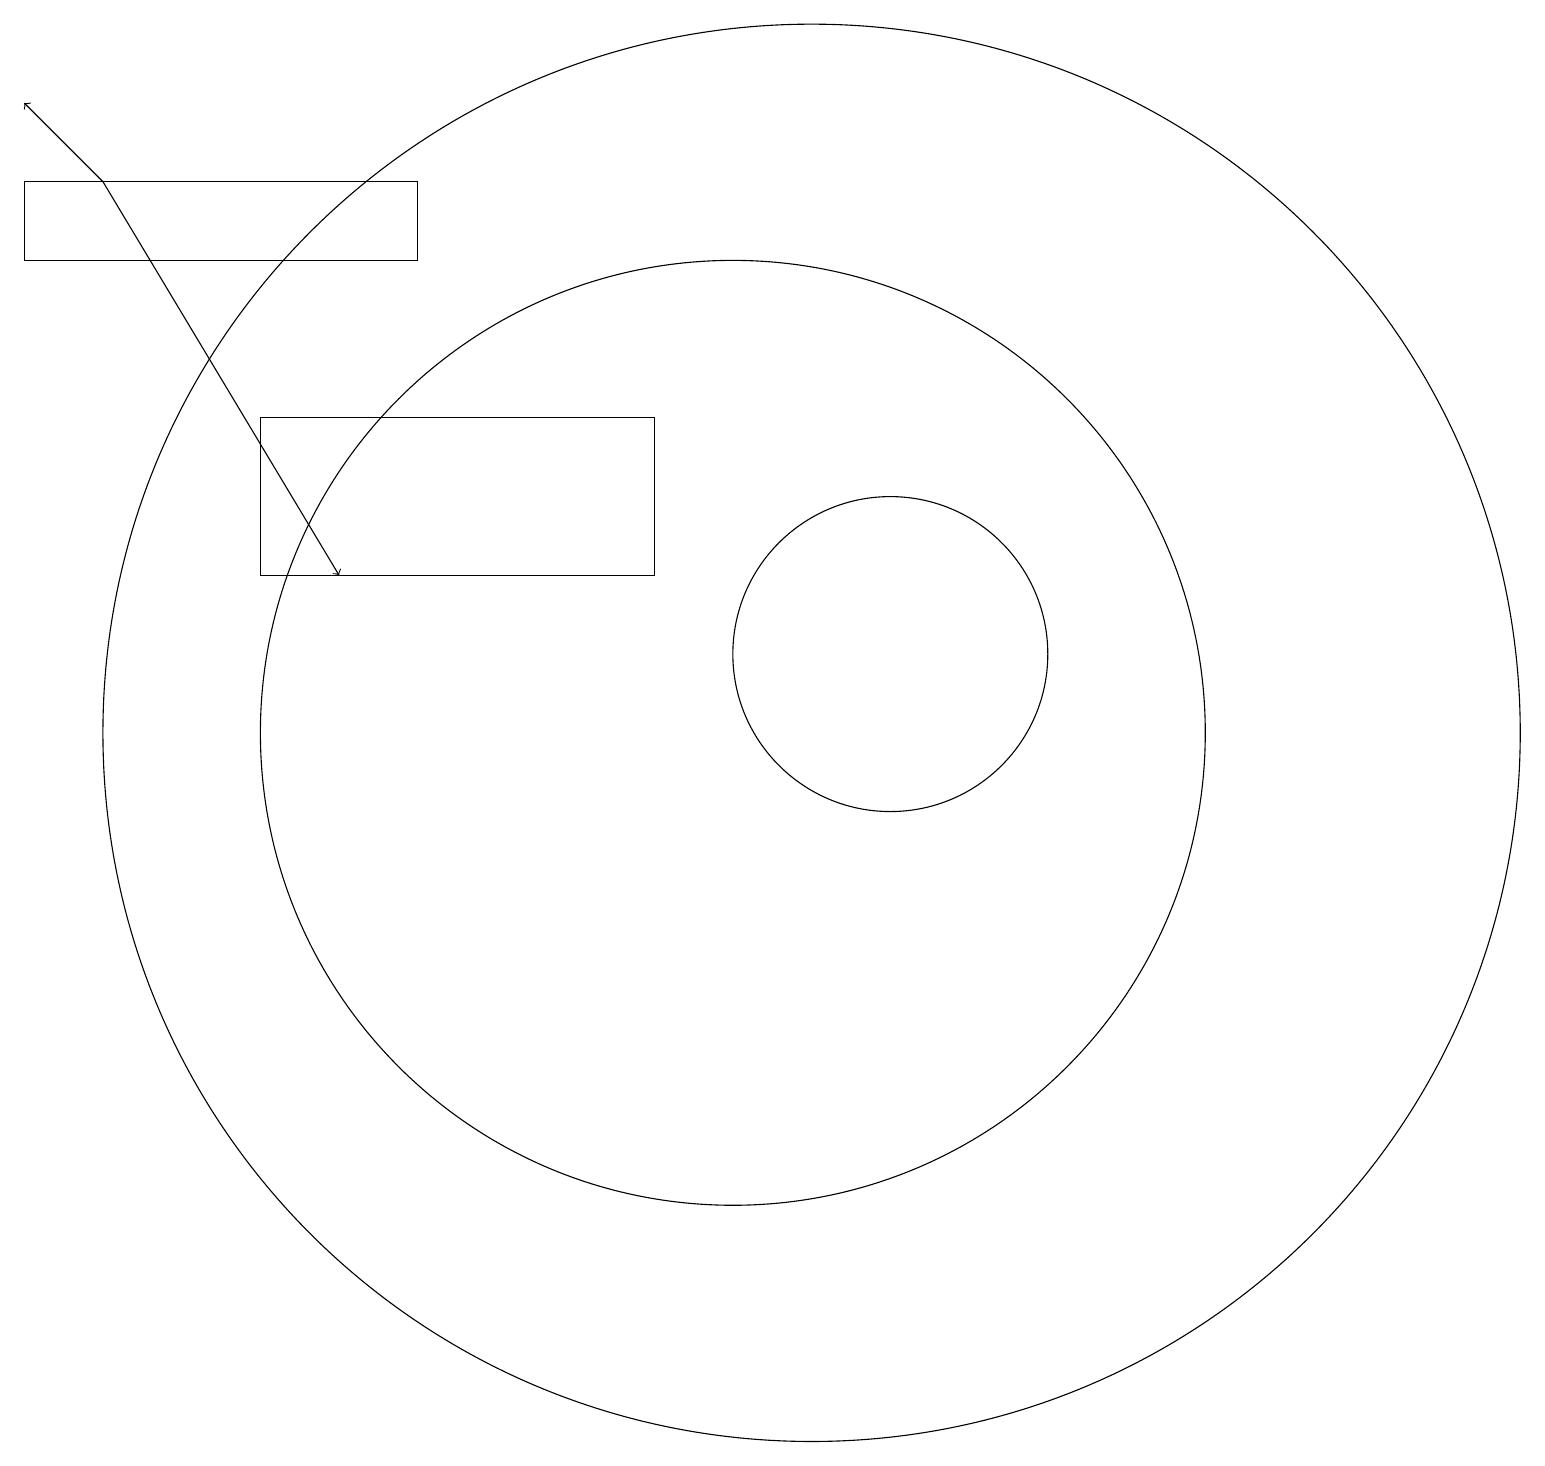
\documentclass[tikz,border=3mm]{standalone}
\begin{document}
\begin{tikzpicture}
\draw[->] (2,18) -- (1,19);
\draw (10,11) circle (6);
\draw (12,12) circle (2);
\draw (4,15) rectangle (9,13);
\draw (11,11) circle (9);
\draw (6,18) rectangle (1,17);
\draw[->] (2,18) -- (5,13);
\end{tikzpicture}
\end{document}